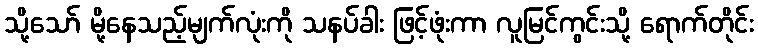
သို့သော် မို့နေသည့်မျက်လုံးကို သနပ်ခါး ဖြင့်ဖုံးကာ လူမြင်ကွင်းသို့ ရောက်တိုင်း